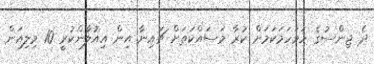
ދެ ޖިންސުގެ ހަމަހަމަކަމަށް ކުރާ މަސައްކަތަށް ޗައިނާ އިން އިއުލާންކުރީ 10 މިލިއަން